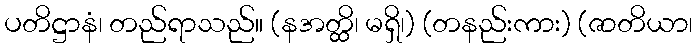
ပတိဋ္ဌာနံ၊ တည်ရာသည်။ (နအတ္ထိ၊ မရှိ၊) (တနည်းကား) (ဇာတိယာ၊